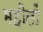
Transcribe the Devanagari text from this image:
महीलों